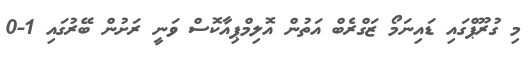
މި ގުރޫޕްގައި ޑައިނަމޯ ޒަގްރެބް އަތުން އޮލިމްޕިއާކޮސް ވަނީ ރަށުން ބޭރުގައި 1-0